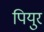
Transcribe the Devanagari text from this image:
पियुर